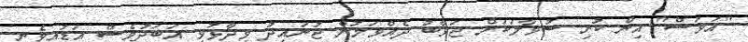
"އަވަސް" އިން ކުރި ސުވާލަކަށް ޖަވާބު ދެއްވަމުން ޖުނައިދު ވިދާޅުވީ އަބަދުވެސް އަޑުއިވެނީ